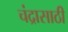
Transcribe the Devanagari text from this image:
चंद्रासाठी